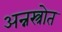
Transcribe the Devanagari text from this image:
अन्नस्त्रोत